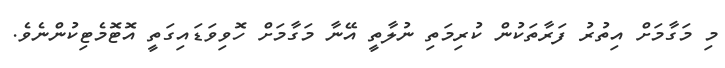
މި މަގާމަށް އިތުރު ފަރާތަކުން ކުރިމަތި ނުލާތީ އޭނާ މަގާމަށް ހޮވިވަޑައިގަތީ އޮޓޮމެޓިކުންނެވެ.